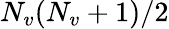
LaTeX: N_{v}(N_{v}+1)/2